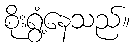
စိုးရွံ့နေသည်။